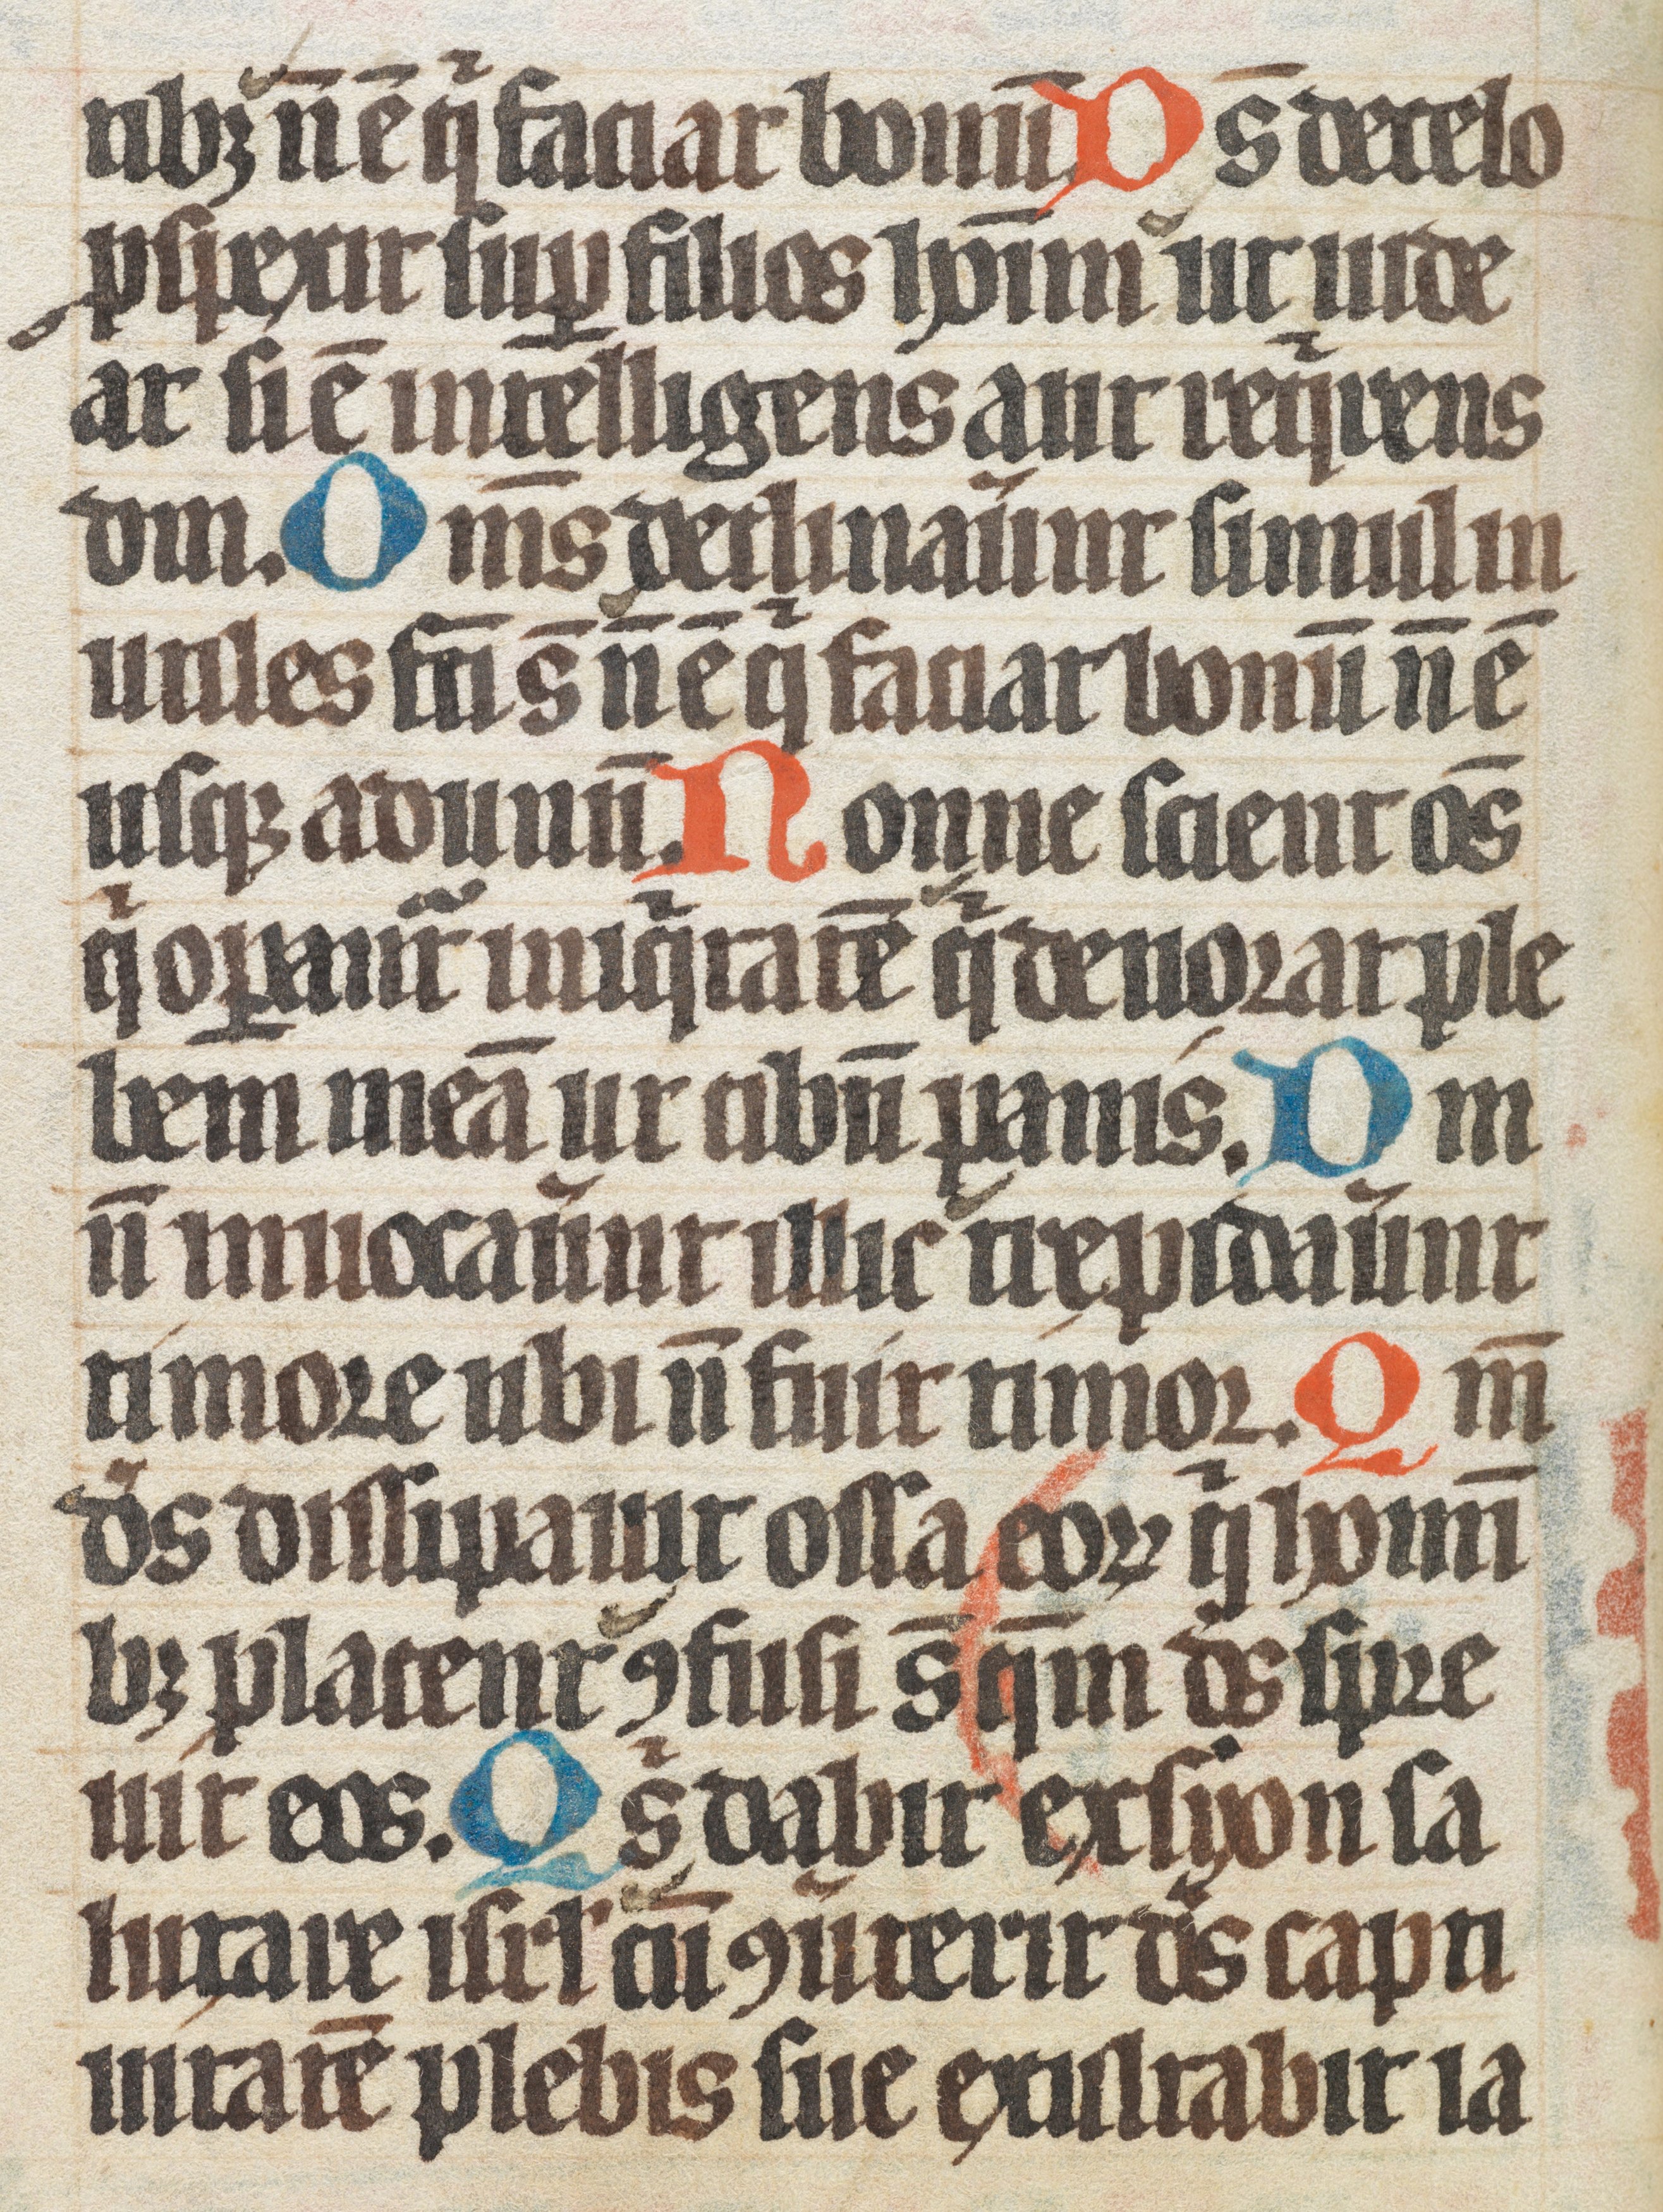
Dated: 1300–1349